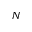
N